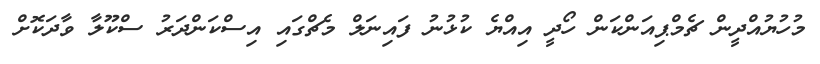
މުހުޔުއްދީން ޗެމްޕިއަންކަން ހޯދީ އިއްޔެ ކުޅުނު ފައިނަލް މެޗްގައި އިސްކަންދަރު ސްކޫލާ ވާދަކޮށް